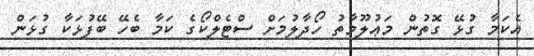
އެކަމާ ގުޅޭ ގޮތުން މަޢުލޫމާތު ހޯދާލުމަށް ސްޓެލްކޯގެ ކަމާ ބެހޭ ބޭފުޅަކާ ގުޅަން